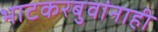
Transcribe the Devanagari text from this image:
भाटकरबुवांनाही